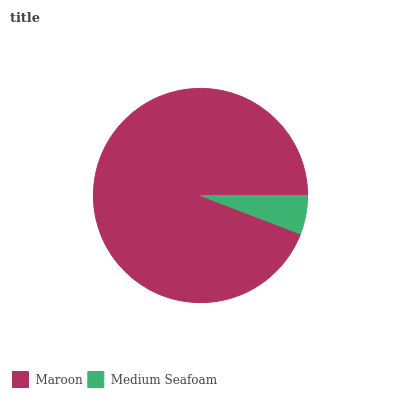
| Maroon | Medium Seafoam |
 | --- | --- |
 | 94.1% | 5.85% |